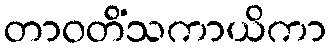
တာဝတိံသကာယိကာ